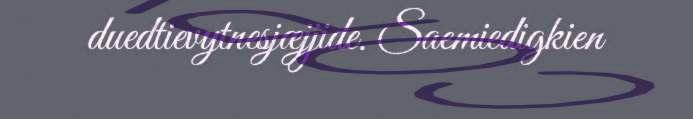
duedtievytnesjæjjide. Saemiedigkien